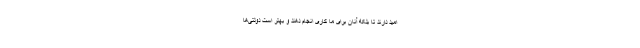
امید دارند تا بلکه آنان برای ما کاری انجام دهند و بهتر است دولتی‌ها